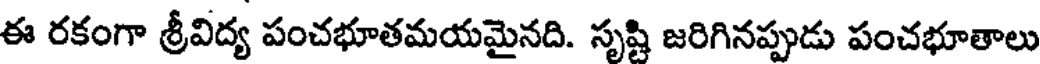
ఈ రకంగా శ్రీవిద్య పంచభూతమయమైనది. సృష్టి జరిగినప్పుడు పంచభూతాలు